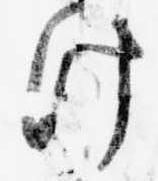
け